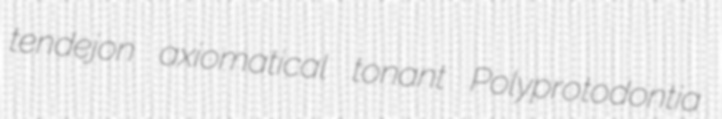
tendejon axiomatical tonant Polyprotodontia